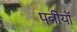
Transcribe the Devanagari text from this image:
पत्नीयों